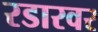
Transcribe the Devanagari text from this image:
रडारवर